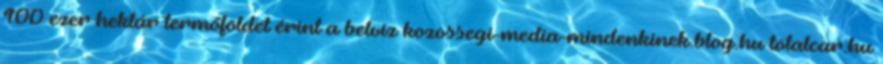
100 ezer hektár termőföldet érint a belvíz kozossegi-media-mindenkinek.blog.hu totalcar.hu